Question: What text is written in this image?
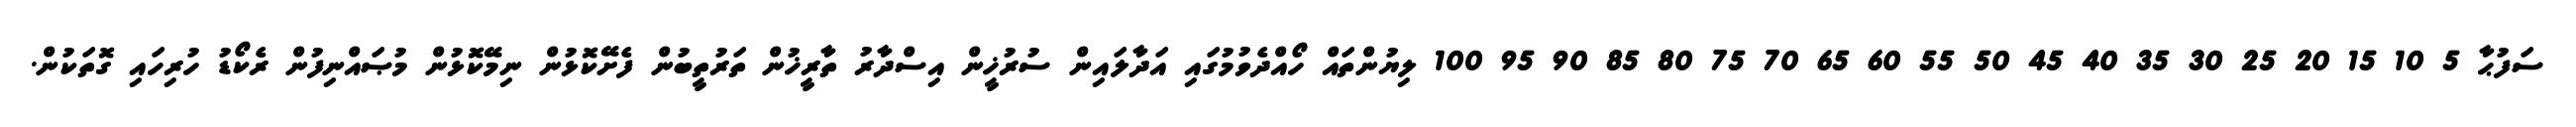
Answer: ސަފުޙާ 5 10 15 20 25 30 35 40 45 50 55 60 65 70 75 80 85 90 95 100 ލިޔުންތައް ހޯއްދެވުމުގައި އަދާލައިން ސުރުޚީން އިސްދާރު ތާރީޚުން ތަރުތީބުން ފެށޭކޮޅުން ނިމޭކޮޅުން މުޞައްނިފުން ރެކޯޑު ހުރިހައި ގޮތަކުން.